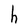
Character: h